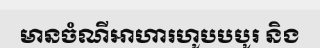
មានចំណីអាហារហូបបបូរ និង